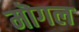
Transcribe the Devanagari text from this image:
मॊगल